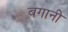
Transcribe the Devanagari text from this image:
बगानी